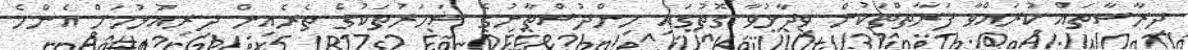
ދިރާސާތައް ކުރައްވާ ފަރާތްތަކުން ވިދާޅުވާ ގޮތުގައި ހިންދުސްތާނުގެ ޝަހަރުތަކުގެ ތެރެއިން ދިރިއުޅުމަށް އެންމެ